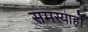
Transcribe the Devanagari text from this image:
समस्याहो